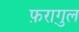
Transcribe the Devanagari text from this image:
फ़रागु़ल